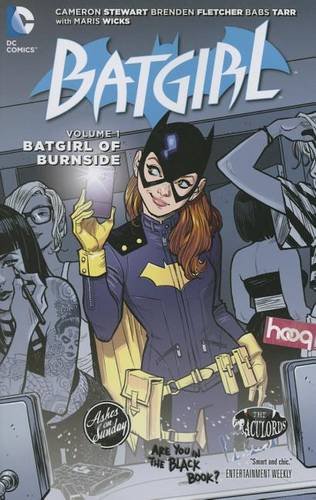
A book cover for Batgirl Vol. 1: The Batgirl of Burnside (The New 52); Brenden Fletcher; Comics & Graphic Novels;